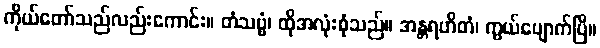
ကိုယ်တော်သည်လည်းကောင်း။ တံသဗ္ဗံ၊ ထိုအလုံးစုံသည်။ အန္တရဟိတံ၊ ကွယ်ပျောက်ပြီ။